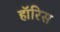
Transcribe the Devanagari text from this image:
हॉरिस